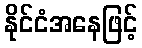
နိုင်ငံအနေဖြင့်